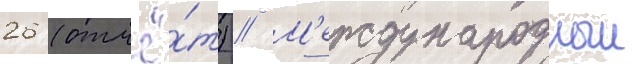
26 (отчё́т) // М'еждународныи